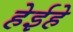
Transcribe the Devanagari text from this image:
हेईहे